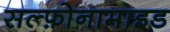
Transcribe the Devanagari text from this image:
सल्‍फ़ोनामाइड